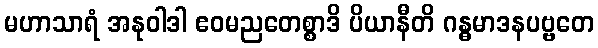
မဟာသာရံ အနုဝါဒါ ဧဝမညတေစ္စာဒိ ပိယာနီတိ ဂန္ဓမာဒနပဗ္ဗတေ